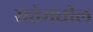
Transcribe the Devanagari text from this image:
सत्तेमधील